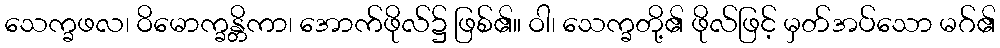
သေက္ခဖလ၊ ဝိမောက္ခန္တိကာ၊ အောက်ဖိုလ်၌ ဖြစ်၏။ ဝါ၊ သေက္ခတို့၏ ဖိုလ်ဖြင့် မှတ်အပ်သော မဂ်၏